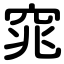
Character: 窕